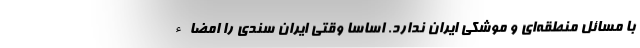
با مسائل منطقه‌ای و موشکی ایران ندارد. اساساً وقتی ایران سندی را امضاء